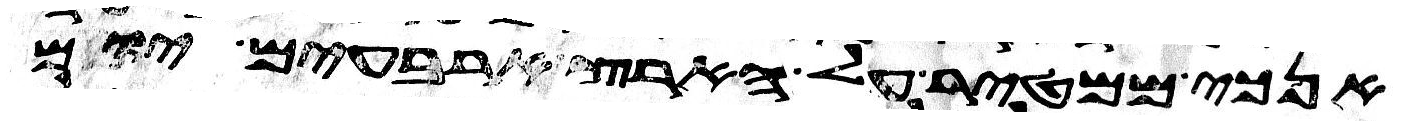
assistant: אנכי ממטיר על הארץ ארבעים יום